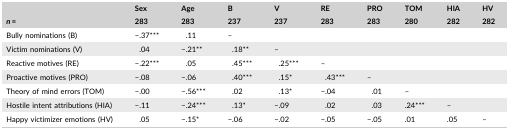
<table><thead><tr><td>[EMPTY_CELL]</td><td><b>Sex</b></td><td><b>Age</b></td><td><b>B</b></td><td><b>V</b></td><td><b>RE</b></td><td><b>PRO</b></td><td><b>TOM</b></td><td><b>HIA</b></td><td><b>HV</b></td></tr><tr><td><b><i>n</i> = </b></td><td><b>283</b></td><td><b>283</b></td><td><b>237</b></td><td><b>237</b></td><td><b>283</b></td><td><b>283</b></td><td><b>280</b></td><td><b>282</b></td><td><b>282</b></td></tr></thead><tbody><tr><td>Bully nominations (B)</td><td>−.37***</td><td>.11</td><td>–</td><td>[EMPTY_CELL]</td><td>[EMPTY_CELL]</td><td>[EMPTY_CELL]</td><td>[EMPTY_CELL]</td><td>[EMPTY_CELL]</td><td>[EMPTY_CELL]</td></tr><tr><td>Victim nominations (V)</td><td>.04</td><td>−.21**</td><td>.18**</td><td>–</td><td>[EMPTY_CELL]</td><td>[EMPTY_CELL]</td><td>[EMPTY_CELL]</td><td>[EMPTY_CELL]</td><td>[EMPTY_CELL]</td></tr><tr><td>Reactive motives (RE)</td><td>−.22***</td><td>.05</td><td>.45***</td><td>.25***</td><td>–</td><td>[EMPTY_CELL]</td><td>[EMPTY_CELL]</td><td>[EMPTY_CELL]</td><td>[EMPTY_CELL]</td></tr><tr><td>Proactive motives (PRO)</td><td>−.08</td><td>−.06</td><td>.40***</td><td>.15*</td><td>.43***</td><td>–</td><td>[EMPTY_CELL]</td><td>[EMPTY_CELL]</td><td>[EMPTY_CELL]</td></tr><tr><td>Theory of mind errors (TOM)</td><td>−.00</td><td>−.56***</td><td>.02</td><td>.13*</td><td>−.04</td><td>.01</td><td>–</td><td>[EMPTY_CELL]</td><td>[EMPTY_CELL]</td></tr><tr><td>Hostile intent attributions (HIA)</td><td>−.11</td><td>−.24***</td><td>.13*</td><td>−.09</td><td>.02</td><td>.03</td><td>.24***</td><td>–</td><td>[EMPTY_CELL]</td></tr><tr><td>Happy victimizer emotions (HV)</td><td>.05</td><td>−.15*</td><td>−.06</td><td>−.02</td><td>−.05</td><td>−.05</td><td>.01</td><td>.05</td><td>–</td></tr></tbody></table>